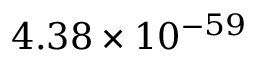
4 . 3 8 \times 1 0 ^ { - 5 9 }